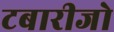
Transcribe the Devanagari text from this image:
टबारीजो